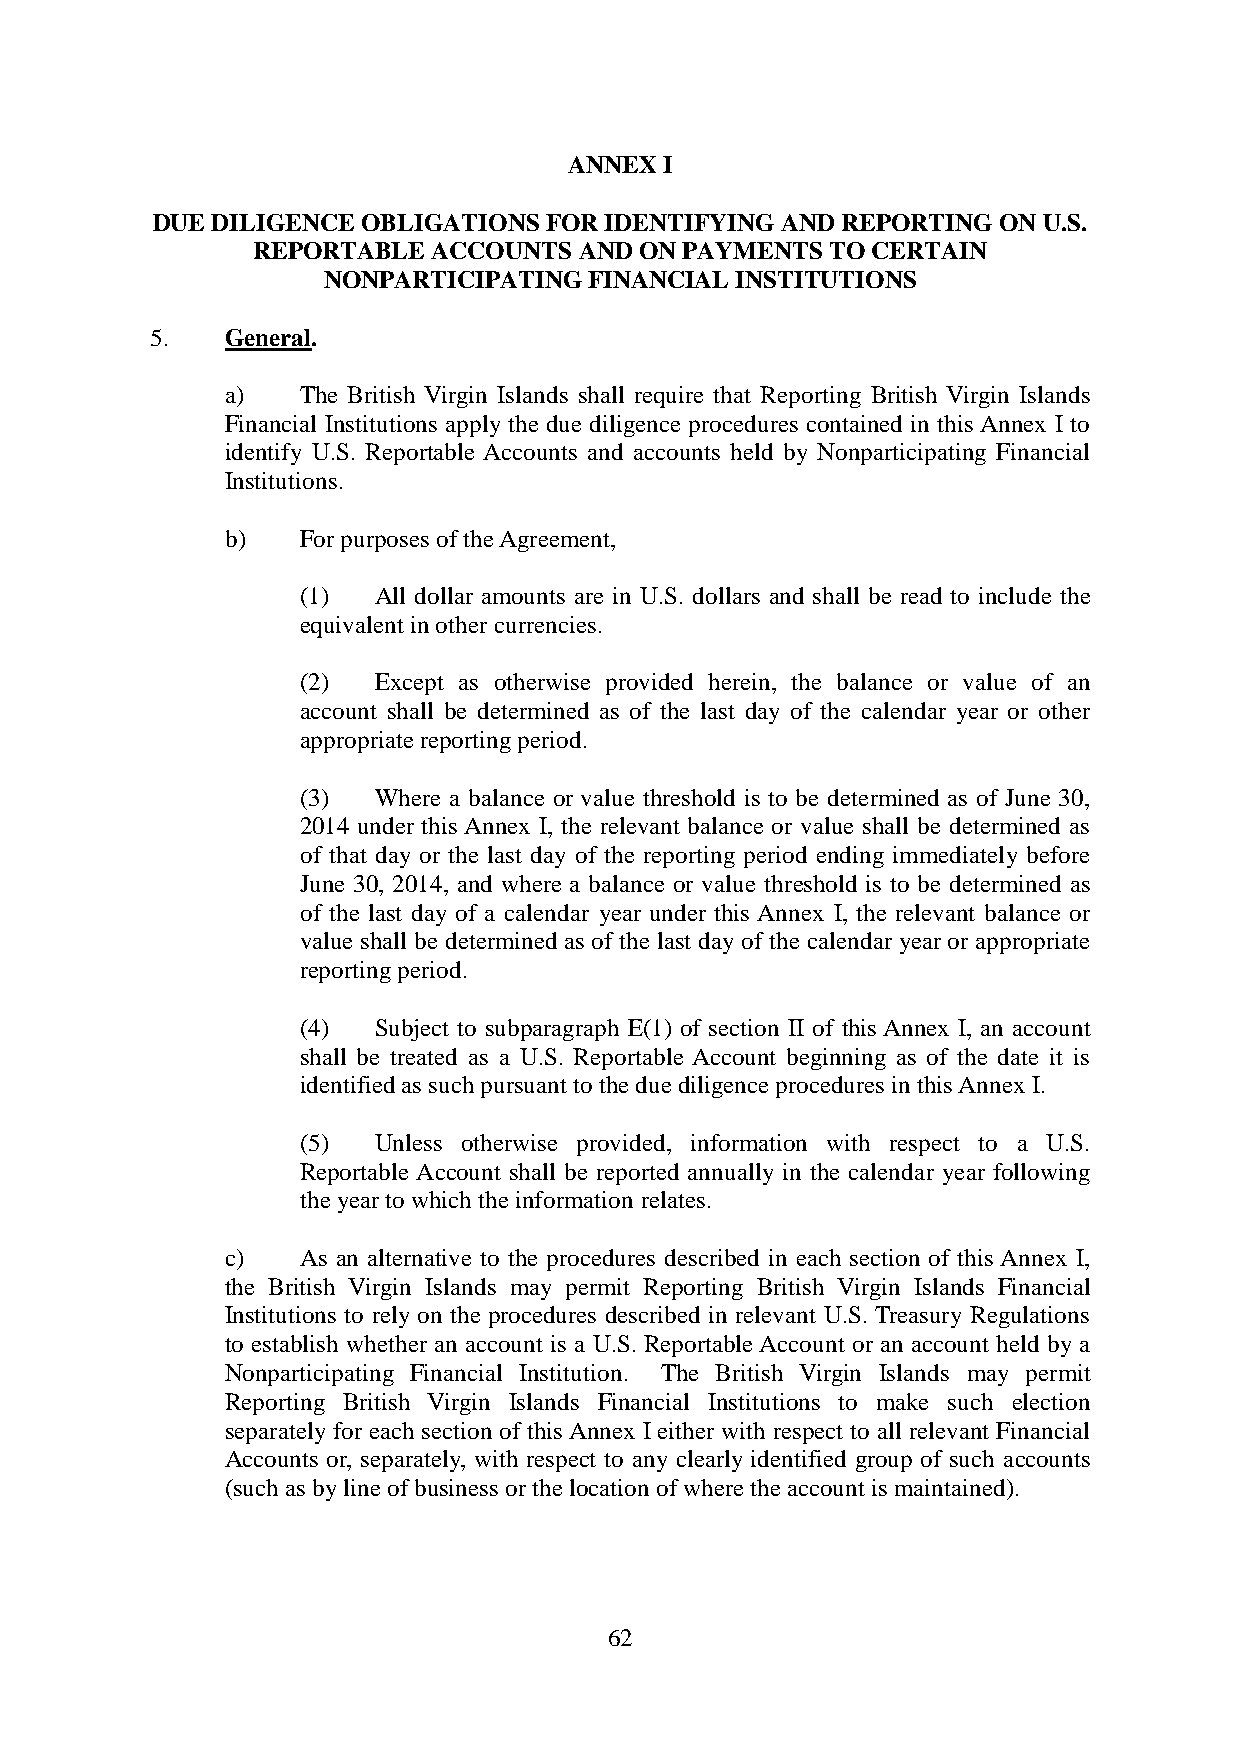
ANNEX I
 DUE DILIGENCE OBLIGATIONS FOR IDENTIFYING AND REPORTING ON U.S.
 REPORTABLE  ACCOUNTS AND ON PAYMENTS  TO CERTAIN
 NONPARTICIPATING  FINANCIAL INSTITUTIONS
 5.   General.
 a)   The British Virgin Islands shall require that Reporting British Virgin Islands
 Financial Institutions apply the due diligence procedures contained in this Annex I to
 identify U.S. Reportable Accounts and accounts held by Nonparticipating Financial
 Institutions.
 b)   For purposes of the Agreement,
 (1)  All dollar amounts are in U.S. dollars and shall be read to include the
 equivalent in other currencies.
 (2)  Except as otherwise provided herein, the balance or value of an
 account shall be determined as of the last day of the calendar year or other
 appropriate reporting period.
 (3)  Where a balance or value threshold is to be determined as of June 30,
 2014 under this Annex I, the relevant balance or value shall be determined as
 of that day or the last day of the reporting period ending immediately before
 June 30, 2014, and where a balance or value threshold is to be determined as
 of the last day of a calendar year under this Annex I, the relevant balance or
 value shall be determined as of the last day of the calendar year or appropriate
 reporting period.
 (4)  Subject to subparagraph E(1) of section II of this Annex I, an account
 shall be treated as a U.S. Reportable Account beginning as of the date it is
 identified as such pursuant to the due diligence procedures in this Annex I.
 (5)  Unless otherwise provided, information with respect to a U.S.
 Reportable Account shall be reported annually in the calendar year following
 the year to which the information relates.
 c)   As an alternative to the procedures described in each section of this Annex I,
 the British Virgin Islands may permit Reporting British Virgin Islands Financial
 Institutions to rely on the procedures described in relevant U.S. Treasury Regulations
 to establish whether an account is a U.S. Reportable Account or an account held by a
 Nonparticipating Financial Institution. The British Virgin Islands may permit
 Reporting British Virgin Islands Financial Institutions to make such election
 separately for each section of this Annex I either with respect to all relevant Financial
 Accounts or, separately, with respect to any clearly identified group of such accounts
 (such as by line of business or the location of where the account is maintained).
 62